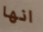
انها